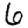
Digit: 6